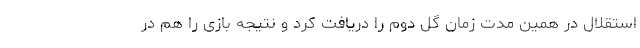
استقلال در همین مدت زمان گل دوم را دریافت کرد و نتیجه بازی را هم در